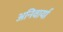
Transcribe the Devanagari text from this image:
अनिवार्या